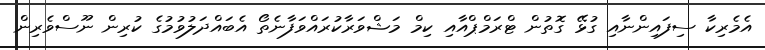
އެމެރިކާ ސިފައިންނާއި ގުޅޭ ގޮތުން ޓްރަމްޕްއާއި ކިމް މަޝްވަރާކުރައްވަފާނެތޯ އެބައްދަލުވުމުގެ ކުރިން ނޫސްވެރިން